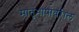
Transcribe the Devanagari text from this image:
मातृभाषांवरील